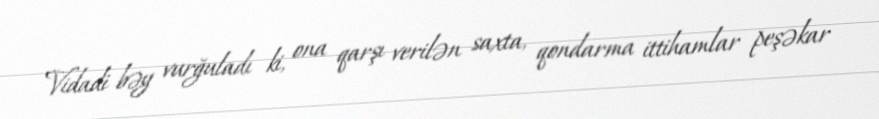
Vidadi bəy vurğuladı ki, ona qarşı verilən saxta, qondarma ittihamlar peşəkar